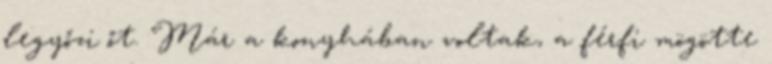
legyőzi őt. Már a konyhában voltak, a férfi mögötte